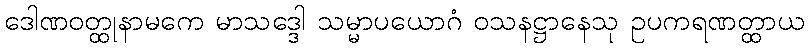
ဒေါဏဝတ္ထုနာမကေ မာသဒ္ဒေါ သမ္မာပယောဂံ ဝသနဋ္ဌာနေသု ဥပကရဏတ္ထာယ